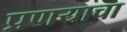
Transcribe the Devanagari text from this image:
प्रणयाचा